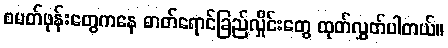
စမတ်ဖုန်းတွေကနေ ဓာတ်ရောင်ခြည်လှိုင်းတွေ ထုတ်လွှတ်ပါတယ်။